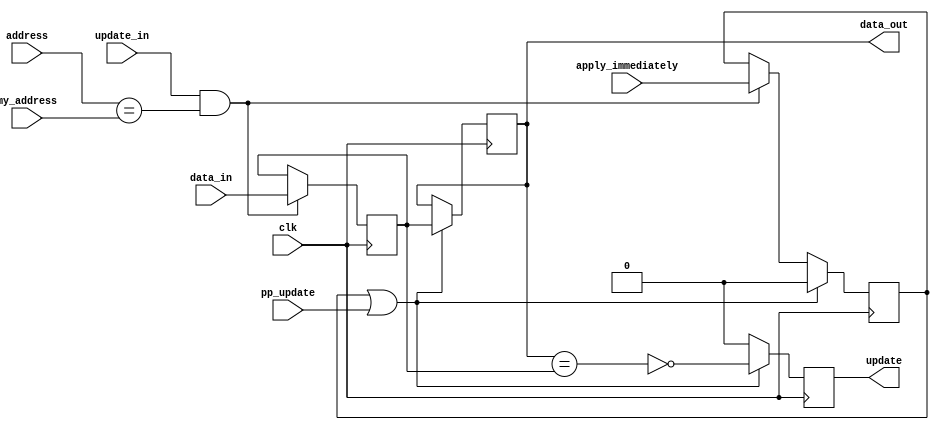
`timescale 1ns / 1ps
//////////////////////////////////////////////////////////////////
//    IonControl 1.0:  Copyright 2016 Sandia Corporation              
//    This Software is released under the GPL license detailed    
//    in the file "license.txt" in the top-level pyGSTi directory 
//////////////////////////////////////////////////////////////////

//////////////////////////////////////////////////////////////////////////////////
// A way to implement 64 bit wire ins. Transmitted are 5 words with 16 bits each.
// The first word is the address, the remaining 4 words are the data LSW first
//
///////////////////////
module ExtendedWireBuffer(
	input wire [63:0] data_in,
	input wire update_in,
	input wire clk,
	input wire [15:0] my_address,
	input wire [15:0] address,
	input wire apply_immediately,
	input wire pp_update,
	output reg [63:0] data_out = 0,
	output reg update
    );

parameter forward_all_updates = 1'b0;	 
	
	 
reg [63:0] data_buffer = 0;
reg apply_immediately_buffer = 0;
	 
always @(posedge clk) begin
	if (update_in & (address==my_address)) begin
		data_buffer <= data_in;
		apply_immediately_buffer <= apply_immediately;
	end
	
	if (apply_immediately_buffer | pp_update) begin
		data_out <= data_buffer;
		apply_immediately_buffer <= 1'b0;
		update <= forward_all_updates | (~(data_out == data_buffer));
	end else begin
		update <= 1'b0;
	end
end

endmodule